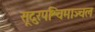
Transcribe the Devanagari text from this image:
सूदुरपश्चिमाञ्चल